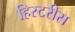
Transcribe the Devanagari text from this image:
हिस्टरीस